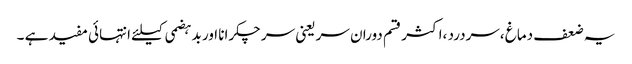
یہ ضعف دماغ ،سردرد ،اکثر قسم دوران سر یعنی سر چکرانا اور بدہضمی کیلئے انتہائی مفید ہے ۔